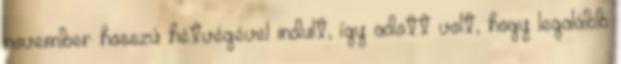
november hosszú hétvégével indult, így adott volt, hogy legalább